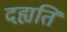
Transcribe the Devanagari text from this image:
दह्यति